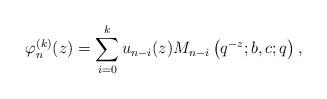
LaTeX: \begin{align*} \varphi_n^{(k)}(z)=\sum_{i=0}^{k}u_{n-i}(z)M_{n-i}\left(q^{-z};b,c;q\right), \end{align*}